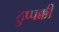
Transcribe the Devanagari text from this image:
ठुप्पक्की